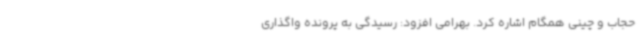
حجاب و چینی همگام اشاره کرد. بهرامی افزود: رسیدگی به پرونده واگذاری